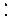
: